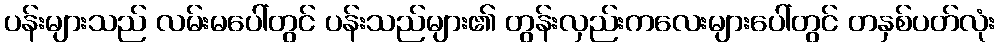
ပန်းများသည် လမ်းမပေါ်တွင် ပန်းသည်များ၏ တွန်းလှည်းကလေးများပေါ်တွင် တနှစ်ပတ်လုံး